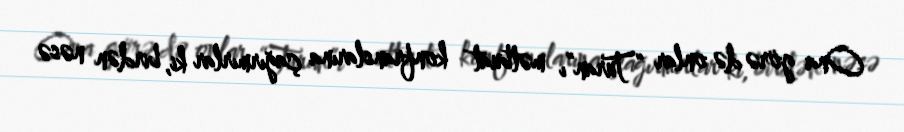
Ona görə də onlar “Turan”ı mətbuat konfranslarına çağırmırlar ki, birdən nəsə